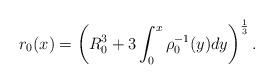
\begin{align*} r_0(x)=\left(R_0^3+3\int_0^x\rho_0^{-1}(y)dy\right)^{\frac{1}{3}}.\end{align*}